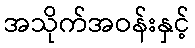
အသိုက်အဝန်းနှင့်